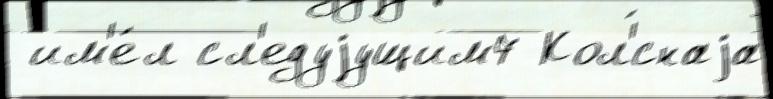
 им'е́л сл'едуjущим7 Кол'́снаjа